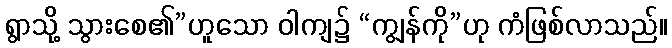
ရွာသို့ သွားစေ၏”ဟူသော ဝါကျ၌ “ကျွန်ကို”ဟု ကံဖြစ်လာသည်။